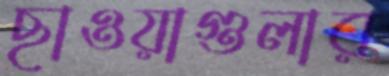
ছাওয়াগুলার